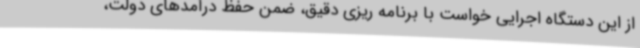
از این دستگاه اجرایی خواست با برنامه ریزی دقیق، ضمن حفظ درآمدهای دولت،